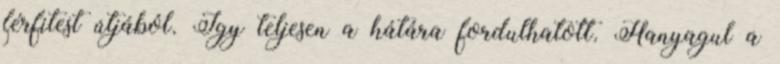
férfitest útjából. Így teljesen a hátára fordulhatott. Hanyagul a